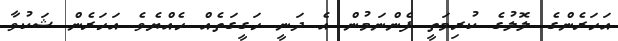
އަހަރެންގެ ލޮލުގެ ކުރިމަތީ ފެންނަމުން އެ ދަނީ ހަގީގަތެއް ހެއްޔެވެ އަހަރެން ޝަކުވާ